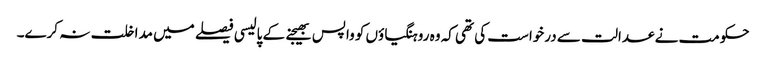
حکومت نے عدالت سے درخواست کی تھی کہ وہ روہنگیاؤں کو واپس بھیجنے کے پالیسی فیصلے میں مداخلت نہ کرے۔